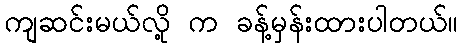
ကျဆင်းမယ်လို့ က ခန့်မှန်းထားပါတယ်။